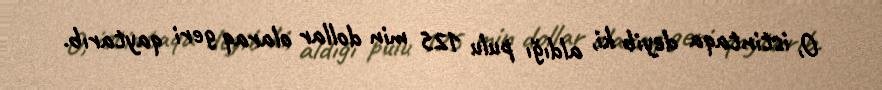
O, istintaqa deyib ki, aldığı pulu 125 min dollar olaraq geri qaytarıb.